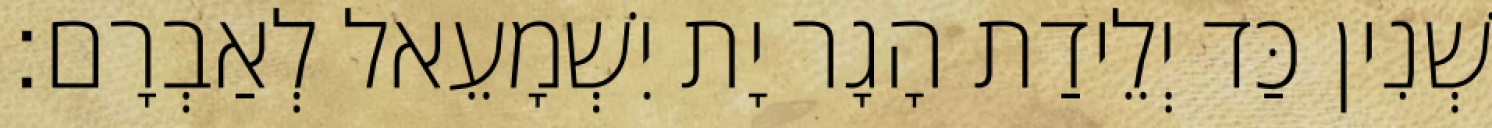
שְׁנִין כַּד יְלֵידַת הָגָר יָת יִשְׁמָעֵאל לְאַבְרָם׃